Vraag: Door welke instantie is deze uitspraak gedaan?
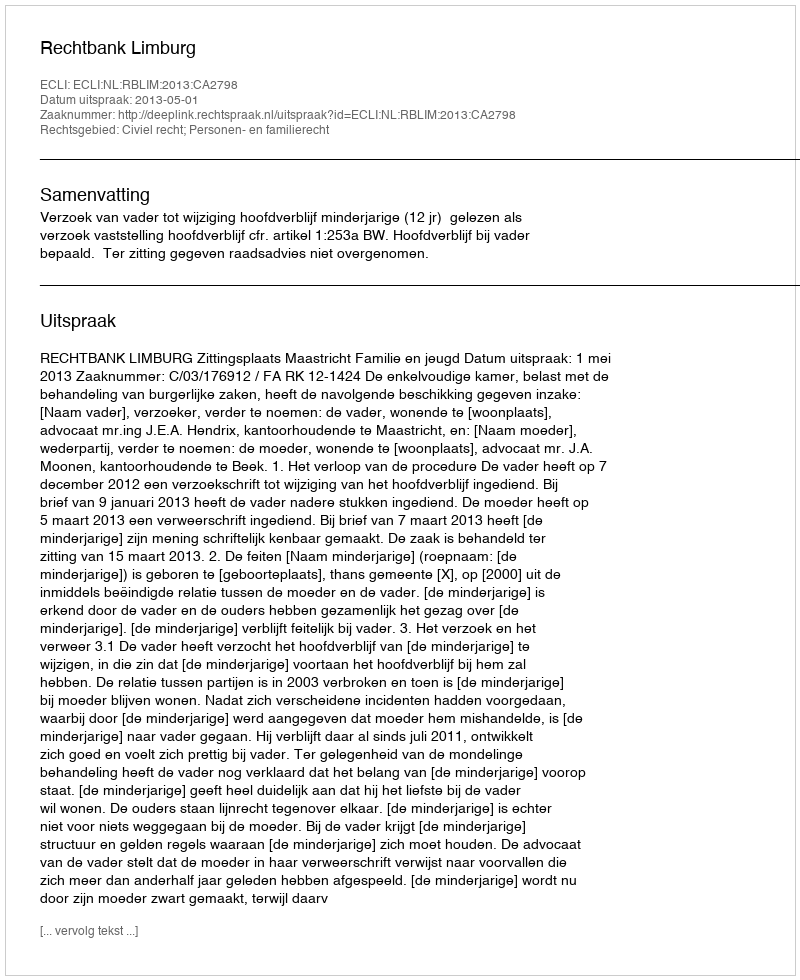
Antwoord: Rechtbank Limburg